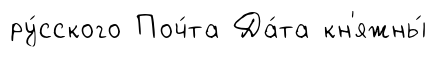
ру́сского Поч́та Да́та кн'яжны́